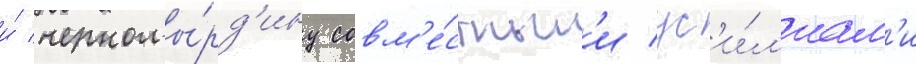
и́ черномы́рд'ину совм'е́стным'и ус'и́л'иам'и